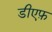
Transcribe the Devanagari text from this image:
डीएफ़